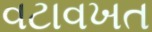
વટાવખત